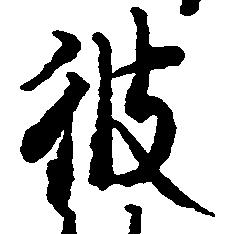
彼